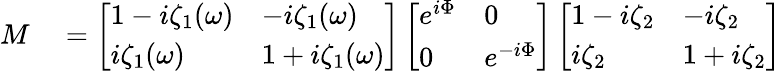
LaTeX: \begin{array}{rl}{M}&{{}=\left[\begin{array}{ll}{1-i\zeta_{1}(\omega)}&{-i\zeta_{1}(\omega)}\\ {i\zeta_{1}(\omega)}&{1+i\zeta_{1}(\omega)}\end{array}\right]\left[\begin{array}{ll}{e^{i\Phi}}&{0}\\ {0}&{e^{-i\Phi}}\end{array}\right]\left[\begin{array}{ll}{1-i\zeta_{2}}&{-i\zeta_{2}}\\ {i\zeta_{2}}&{1+i\zeta_{2}}\end{array}\right]}\end{array}